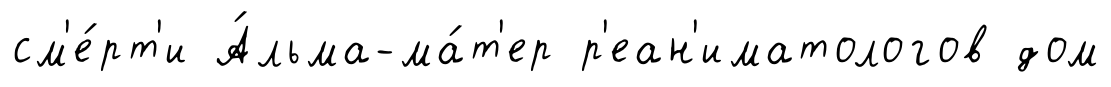
см'е́рт'и А́льма-ма́т'ер р'еан'иматологов дом